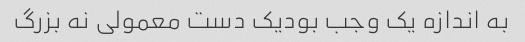
به اندازه یک وجب بودیک دست معمولی نه بزرگ